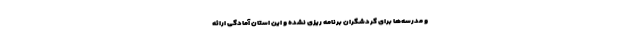
و مدرسه‌ها برای گردشگران برنامه ریزی نشده و این استان آمادگی ارائه